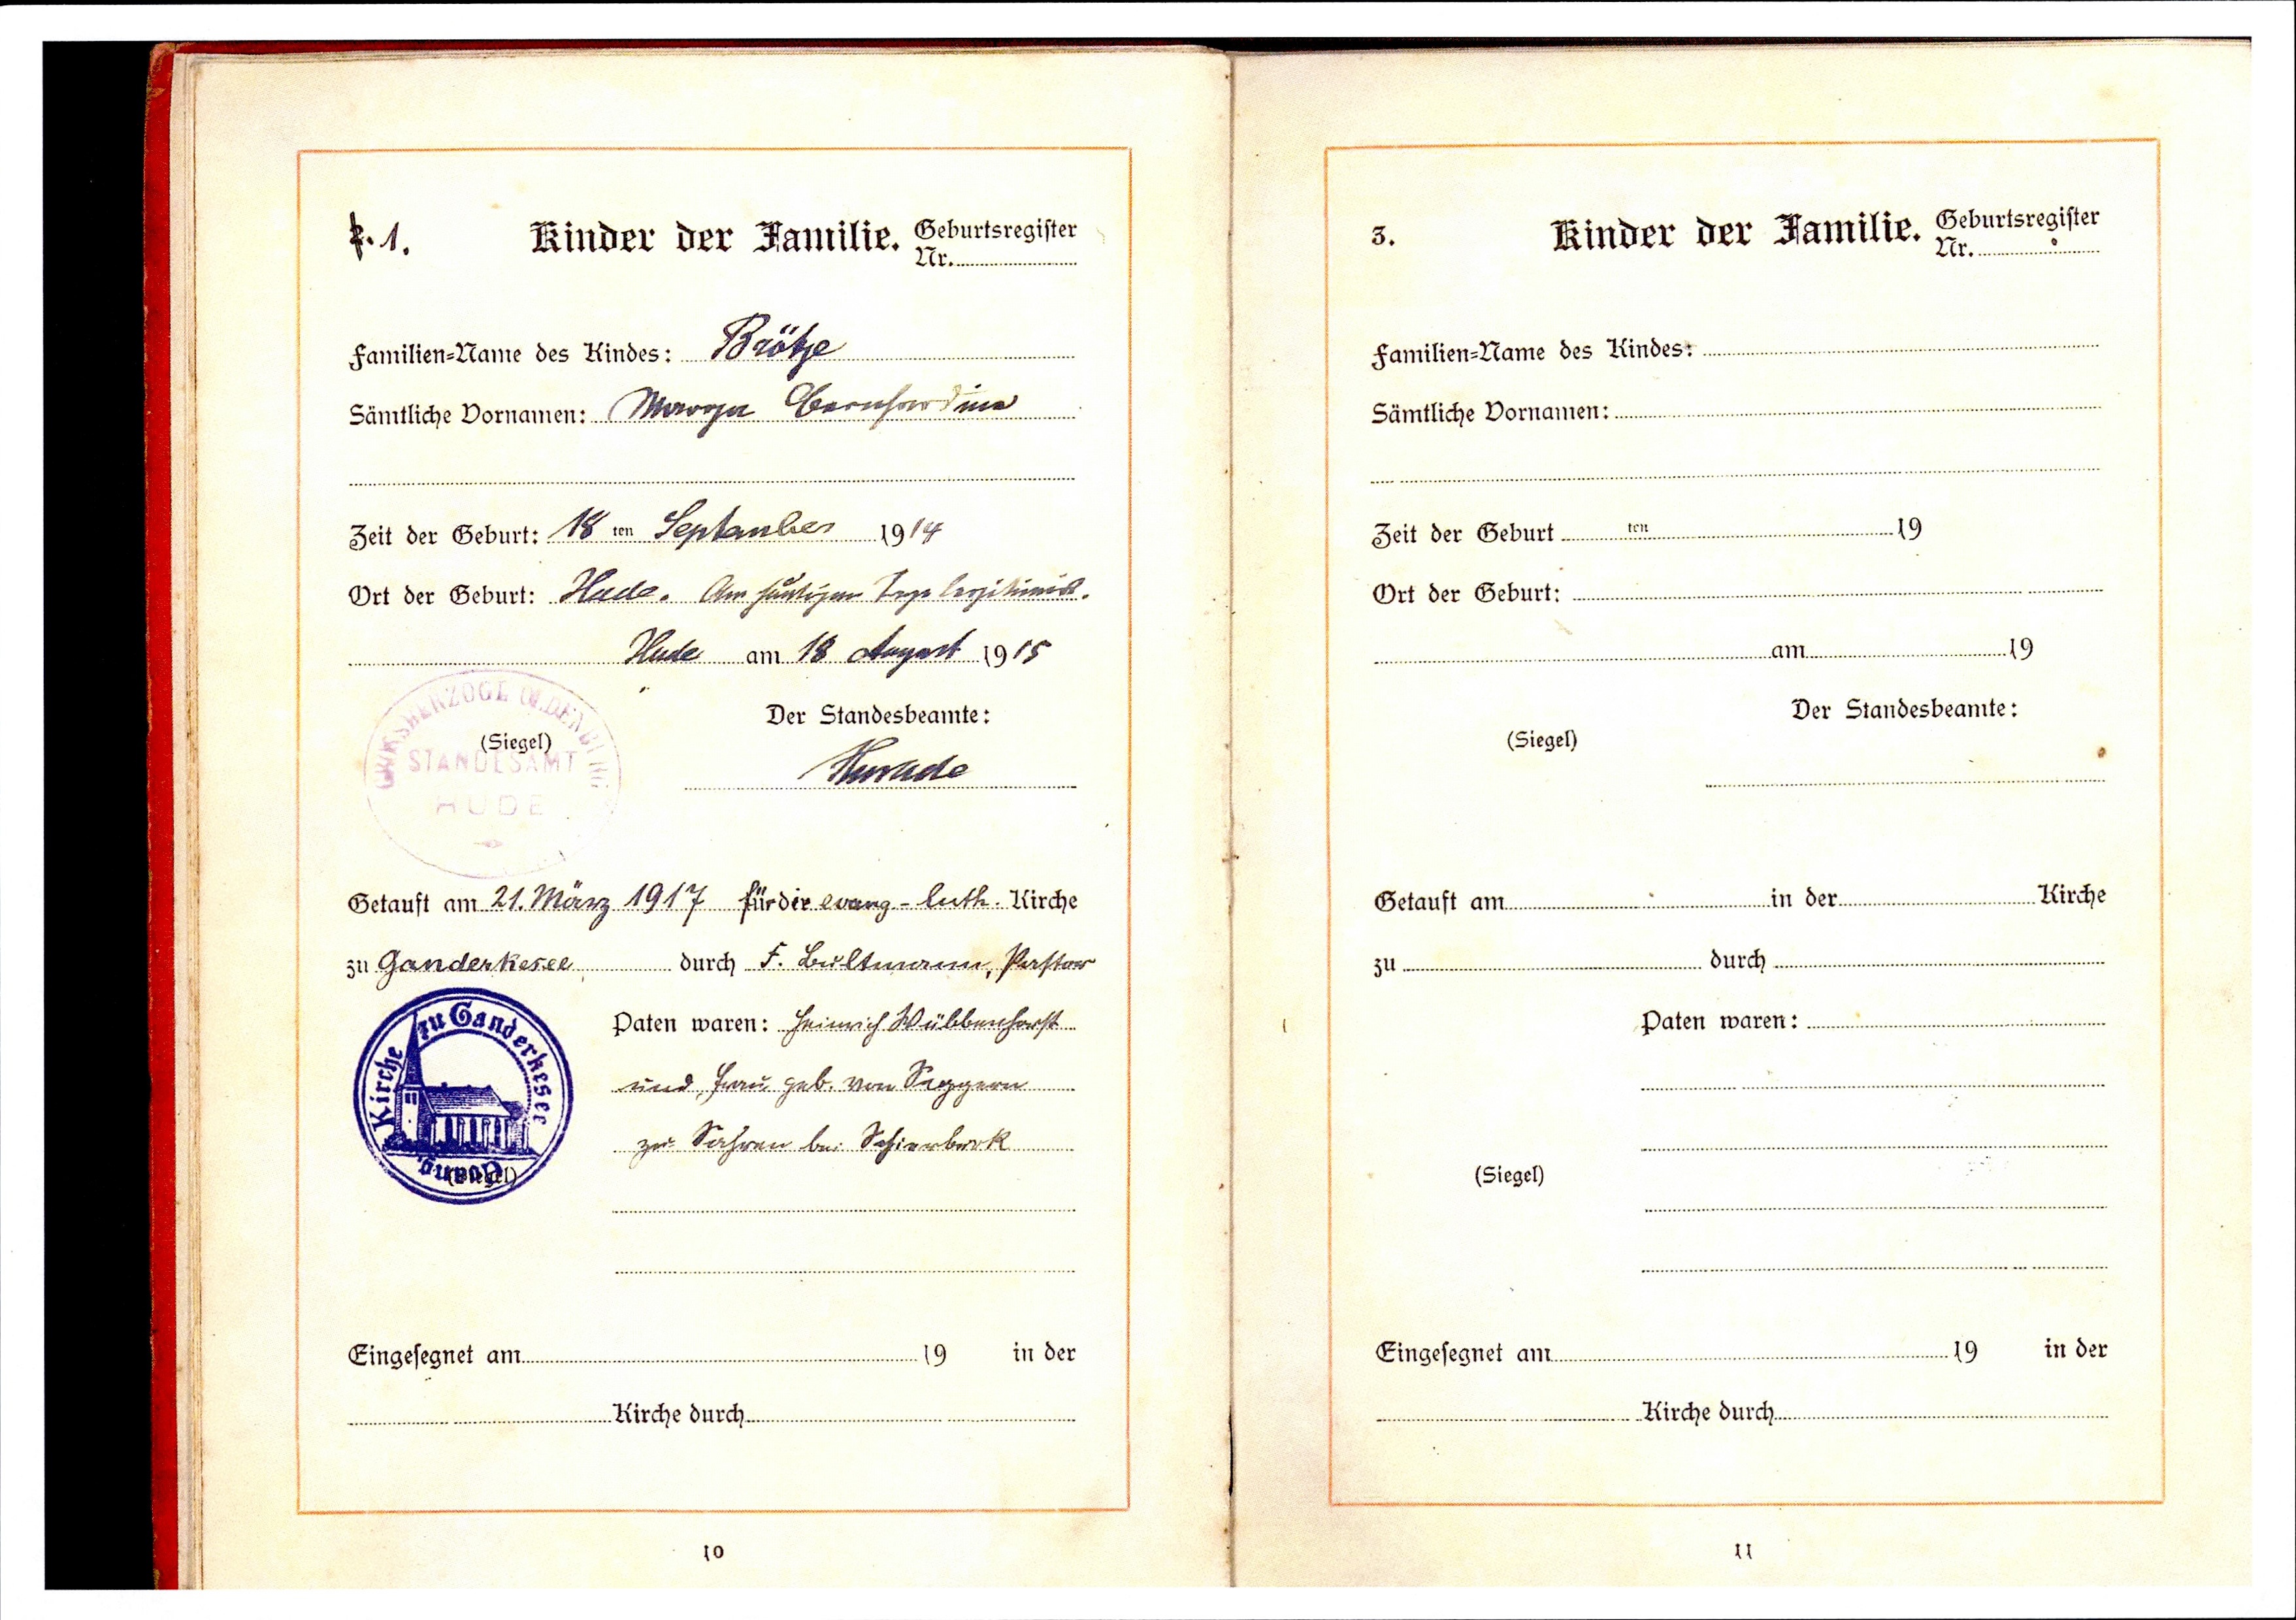
Brötje
Marga Bernhardine
18 ten September 1914
Hude, am heutigen Tage legitimirt
Hude am 18. August 1915
Hemerle
Getauft am 21. März 1917 für die evang.-luth. Kirche
zu Ganderkesee durch F. Bultmann, Pastor
Heinrich Wübbenhorst
und Frau geb. von Seggern
zu Sahren bei Schierbrok